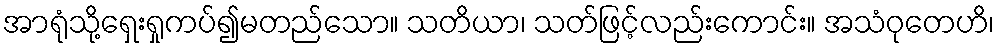
အာရုံသို့ရှေးရှုကပ်၍မတည်သော။ သတိယာ၊ သတ်ဖြင့်လည်းကောင်း။ အသံဝုတေဟိ၊